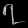
Digit: ၇